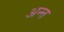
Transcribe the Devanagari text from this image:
अन्त्त